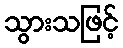
သွားသဖြင့်